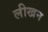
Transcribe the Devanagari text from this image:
लीखन